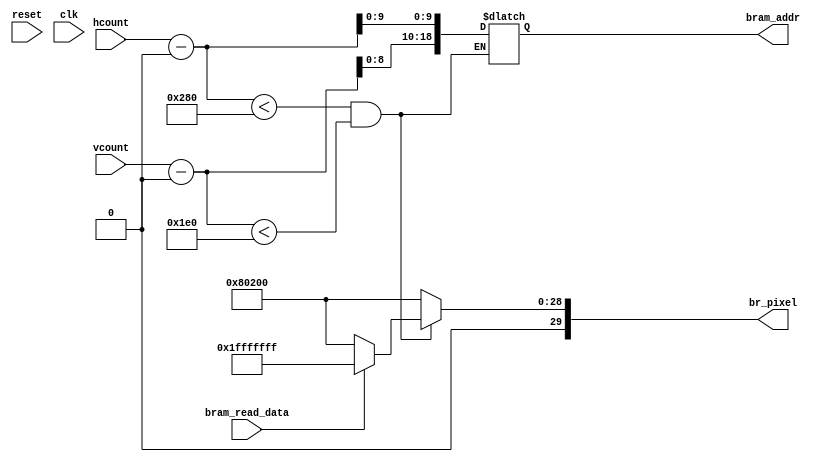
module bram_display #(parameter XOFFSET = 0, YOFFSET = 0) (reset,clk,hcount,vcount,br_pixel,
		    bram_addr,bram_read_data);

   input reset, clk;
   input [10:0] hcount;
   input [9:0] 	vcount;
   output reg [29:0] br_pixel;
   output [18:0] bram_addr;
   input  bram_read_data;

	wire[10:0] x;
	wire[9:0] y;
	assign x = hcount - XOFFSET;
	assign y = vcount - YOFFSET;
      
	reg [18:0] bram_addr;
	always@(*) begin
		if(x < 640 && y < 480) begin
			bram_addr = {y[8:0], x[9:0]};
			br_pixel = bram_read_data ? 29'hFFFFFFFF : {10'd0,10'd512,10'd512};
		end
		else begin
			br_pixel = {10'd0,10'd512,10'd512};
		end
	end

endmodule